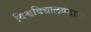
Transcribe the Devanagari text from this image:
विश्वविद्यालयद्वारा